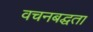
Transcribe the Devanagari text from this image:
वचनबद्घता